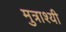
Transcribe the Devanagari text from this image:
मुत्राश्यी